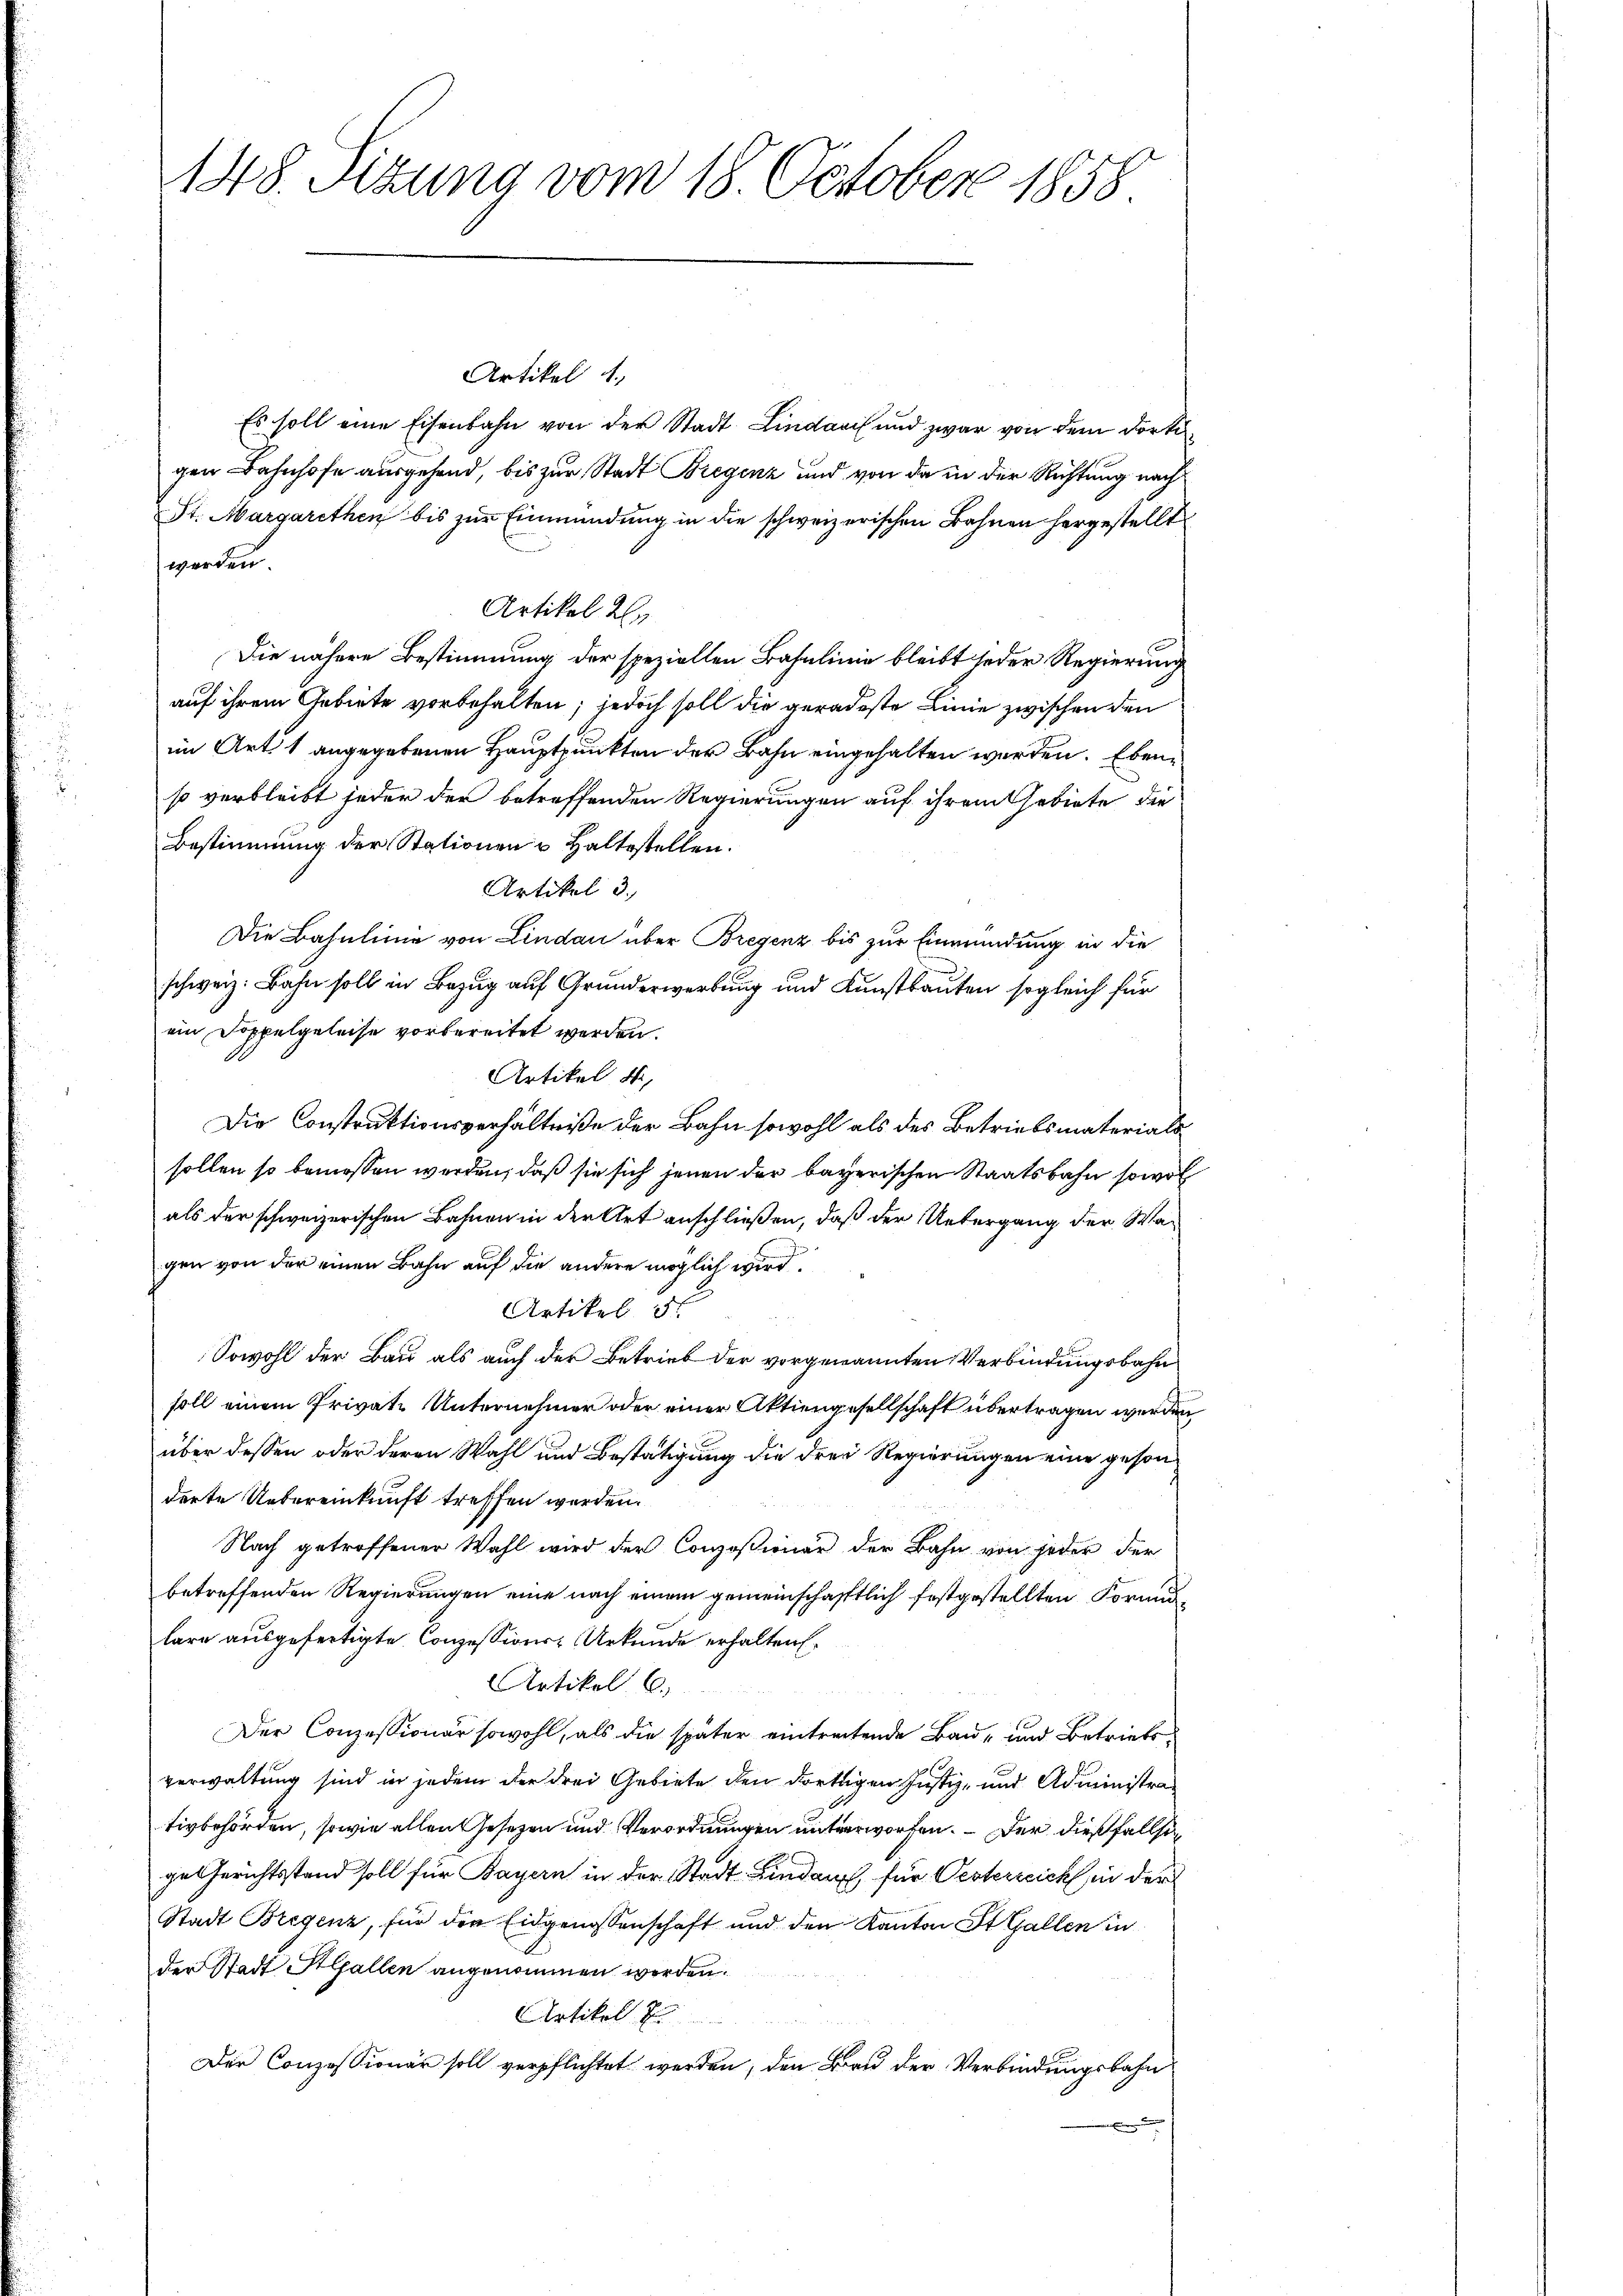
148. Sizung vom 18. October 1858

Artikel 1,
Es soll eine Eisenbahn von der Stadt Lindau und zwar von dem dorti
gen Bahnhofe ausgehend, bis zur Stadt Bregenz und von da in der Richtung nach
St. Margarethen bis zur Einmündung in die schweizerischen Bahnen hergestellt
werden.
Artikel 2.
Die nähere Bestimmung der speziellen Bahnlinie bleibt jeder Regierung
auf ihrem Gebiete vorbehalten; jedoch soll die geradeste Linie zwischen den
im Art. 1 angegebenen Hauptpunkten der Bahn eingehalten werden. Ebenso verbleibt jeder der betreffenden Regierungen auf ihrem Gebiete die
Bestimmung der Stationen u Haltestellen.
Artikel 3.
Die Bahnlinie von Lindau über Bregenz bis zur Einmündung in die
schweiz. Bahn soll in Bezug auf Grunderwerbung und Kunstbauten sogleich für
ein Doppelgeleise vorbereitet werden.
Artikel M
Die Construktionsverhältniße der Bahn sowohl als des Betriebsmaterials
sollen so bemessen werden, daß sie sich jenen der bayerischen Staatsbahn sowol
als der schweizerischen Bahnen in der Art anschließen, daß der Untergang der Wagen von der einen Bahn auf die andere möglich wird.
Artikel de
Sowohl der Bau als auch der Betrieb der vorgenannten Verbindungsbahn
soll einem Private Unternehmer oder einer Aktiengesellschaft übertragen werden
über dessen oder deren Wahl und Bestätigung die drei Regierungen eine gesonderte Uebereinkunft treffen werden.
Nach getroffener Wahl wird der Conzosiener der Bahn von jeder der
betreffenden Regierungen eine nach einem gemeinschafftlich festgestellten Formunlare ausgefertigte Conzessions-Urkunde erhalten.
Artikel C
Der Conzessionär sowohl, als die später eintreitende Bau- und Betriebsverwaltung sind in jedem der drei Gebiete den dortigen Justiz- und Administrativbehörden, sowie allen Gesetzen und Verordnungen unterworfen. – Der dießfalls
ge Gerichtsstand soll für Bayern in der Stadt Lindau, für Oesterreich in der
Stadt Bregenz, für den Eidgenossenschaft und den Kanton St. Gallen in
der Stadt Alfallen angenommen worden.
Artikel E
Der Conzessionär soll verpflichtet werden, den Bau der Verbindungsbahn